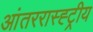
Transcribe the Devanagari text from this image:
आंतररास्ह्ट्रीय